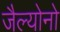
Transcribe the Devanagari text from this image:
जैल्योनो